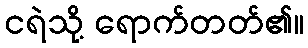
ငရဲသို့ ရောက်တတ်၏။